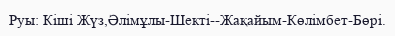
Руы: Кіші Жүз,Әлімұлы-Шекті--Жақайым-Көлімбет-Бөрі.